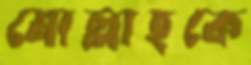
মোল্লাহকে